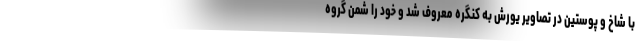
با شاخ و پوستین در تصاویر یورش به کنگره معروف شد و خود را شمن گروه